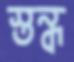
স্তন্ধ